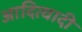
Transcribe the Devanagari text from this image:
आदित्यादी